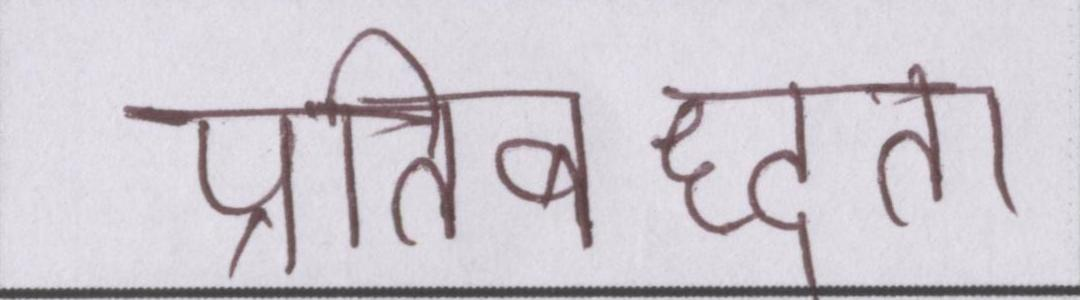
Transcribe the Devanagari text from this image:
प्रतिबध्दता